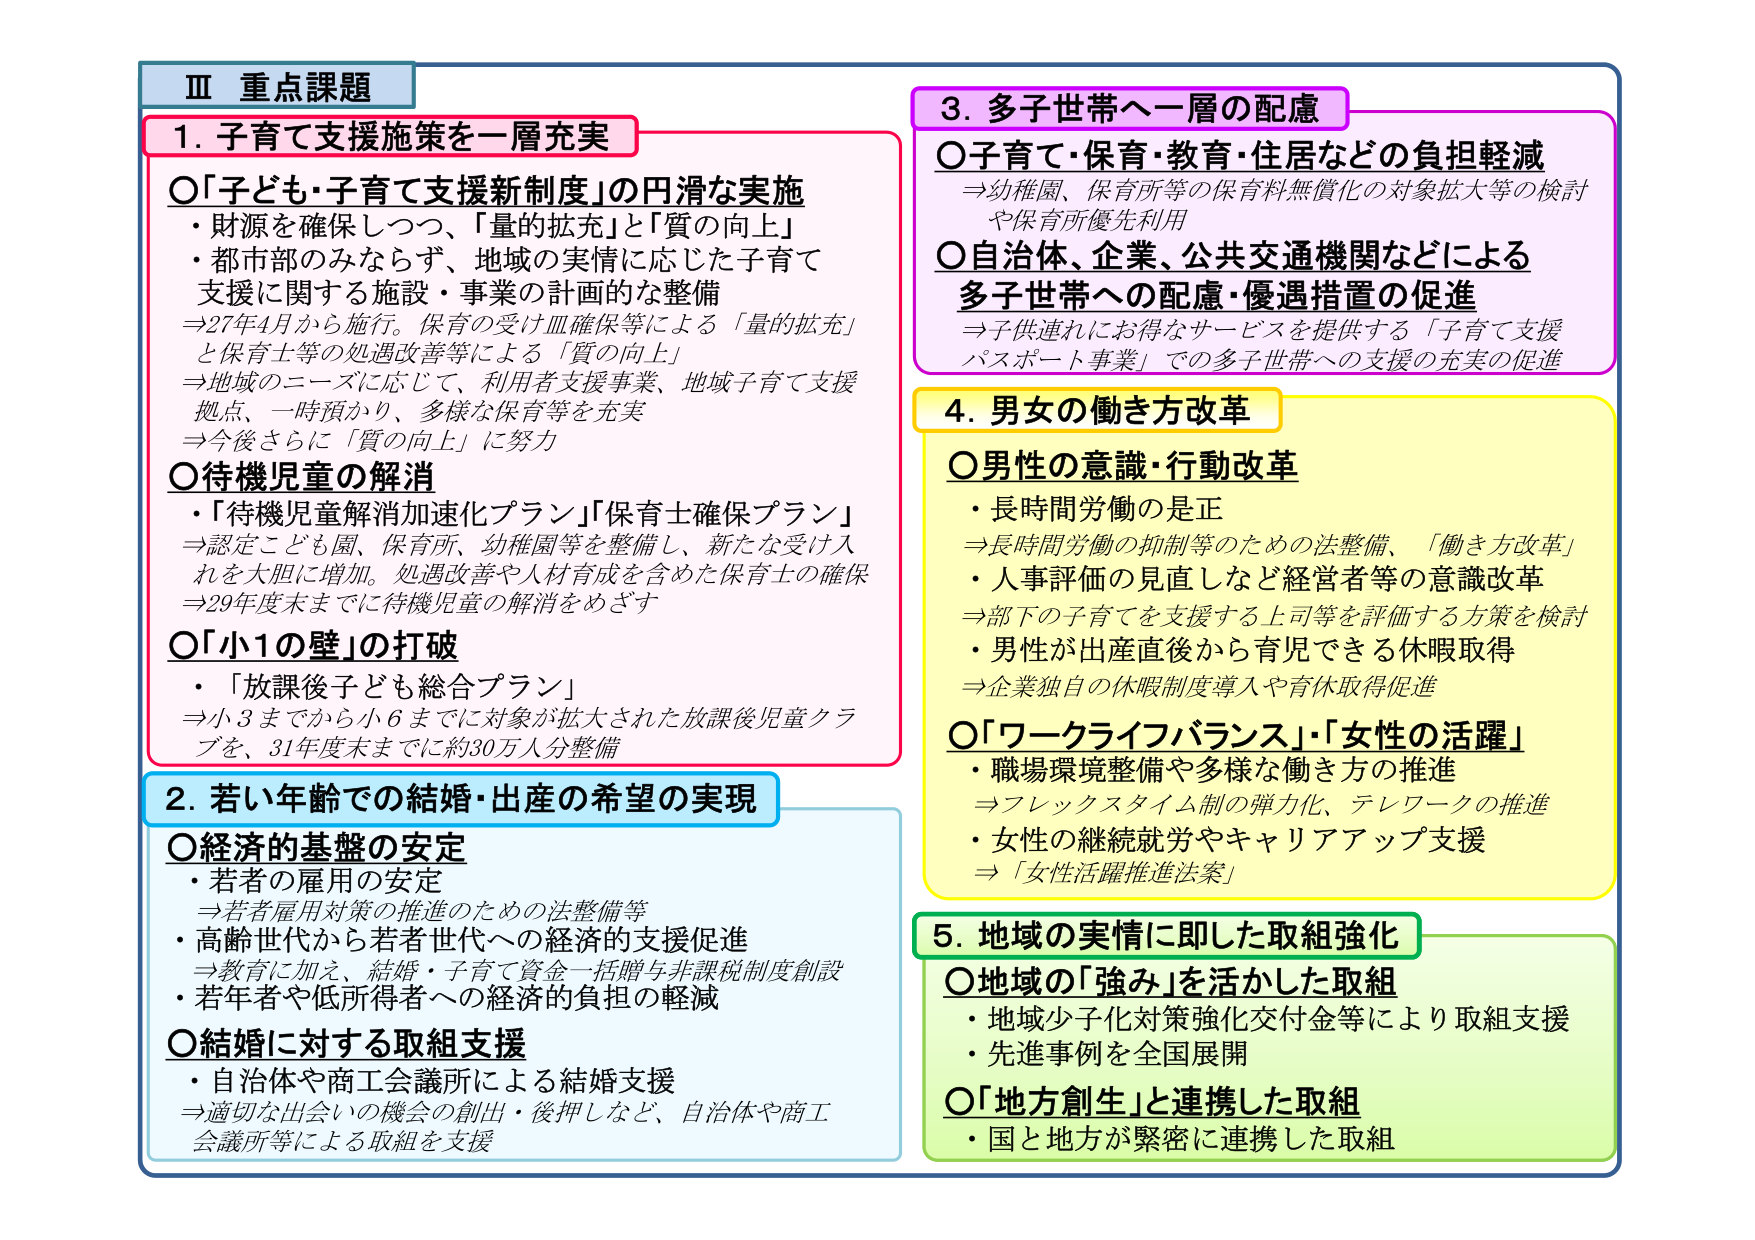
Ⅲ 重点課題

1. 子育て支援施策を一層充実
○「子ども・子育て支援新制度」の円滑な実施
・財源を確保しつつ、「量的拡充」と「質の向上」
・都市部のみならず、地域の実情に応じた子育て支援に関する施設・事業の計画的な整備
⇒27年4月から施行。保育の受け皿確保等による「量的拡充」と保育士等の処遇改善等による「質の向上」
⇒地域のニーズに応じて、利用者支援事業、地域子育て支援拠点、一時預かり、多様な保育等を充実
⇒今後さらに「質の向上」に努力
○待機児童の解消
・「待機児童解消加速化プラン」「保育士確保プラン」
⇒認定こども園、保育所、幼稚園等を整備し、新たな受け入れを大胆に増加。処遇改善や人材育成を含めた保育士の確保
⇒29年度末までに待機児童の解消をめざす
○「小1の壁」の打破
・「放課後子ども総合プラン」
⇒小3までから小6までに対象が拡大された放課後児童クラブを、31年度末までに約30万人分整備

2. 若い年齢での結婚・出産の希望の実現
○経済的基盤の安定
・若者の雇用の安定
⇒若者雇用対策の推進のための法整備等
・高齢世代から若者世代への経済的支援促進
⇒教育に加え、結婚・子育て資金一括贈与非課税制度創設
・若年者や低所得者への経済的負担の軽減
○結婚に対する取組支援
・自治体や商工会議所による結婚支援
⇒適切な出会いの機会の創出・後押しなど、自治体や商工会議所等による取組を支援

3. 多子世帯へ一層の配慮
○子育て・保育・教育・住居などの負担軽減
⇒幼稚園、保育所等の保育料無償化の対象拡大等の検討や保育所優先利用
○自治体、企業、公共交通機関などによる多子世帯への配慮・優遇措置の促進
⇒子供連れにお得なサービスを提供する「子育て支援パスポート事業」での多子世帯への支援の充実の促進

4. 男女の働き方改革
○男性の意識・行動改革
・長時間労働の是正
⇒長時間労働の抑制等のための法整備、「働き方改革」
・人事評価の見直しなど経営者等の意識改革
⇒部下の子育てを支援する上司等を評価する方策を検討
・男性が出産直後から育児できる休暇取得
⇒企業独自の休暇制度導入や育休取得促進
○「ワークライフバランス」「女性の活躍」
・職場環境整備や多様な働き方の推進
⇒フレックスタイム制の弾力化、テレワークの推進
・女性の継続就労やキャリアアップ支援
⇒「女性活躍推進法案」

5. 地域の実情に即した取組強化
○地域の「強み」を活かした取組
・地域少子化対策強化交付金等により取組支援
・先進事例を全国展開
○「地方創生」と連携した取組
・国と地方が緊密に連携した取組